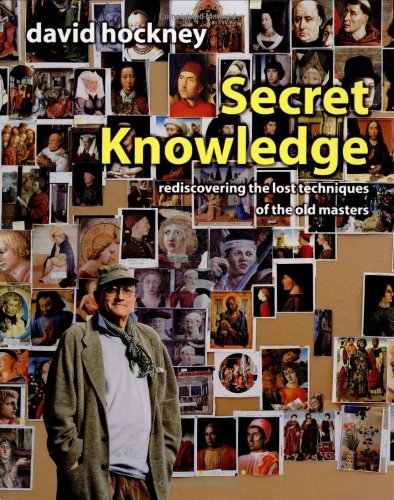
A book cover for Secret Knowledge: Rediscovering the Lost Techniques of the Old Masters; David Hockney; Arts & Photography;